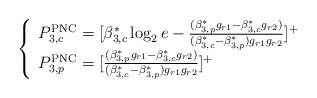
LaTeX: \begin{align*}\left\{\begin{array}{ll}P_{3,c}^{\mathrm{PNC}}=[\beta_{3,c}^*\log_2 e-\frac{(\beta_{3,p}^*g_{r1}-\beta_{3,c}^*g_{r2})}{(\beta_{3,c}^*-\beta_{3,p}^*)g_{r1}g_{r2}}]^+\\P_{3,p}^{\mathrm{PNC}}=[\frac{(\beta_{3,p}^*g_{r1}-\beta_{3,c}^*g_{r2})}{(\beta_{3,c}^*-\beta_{3,p}^*)g_{r1}g_{r2}}]^+\\\end{array}\right.\end{align*}